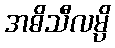
အဓိသီလမ္ပိ